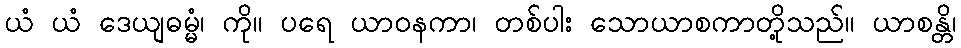
ယံ ယံ ဒေယျဓမ္မံ၊ ကို။ ပရေ ယာဝနကာ၊ တစ်ပါး သောယာစကာတို့သည်။ ယာစန္တိ၊